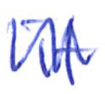
Text: it
Cross-out: zig-zag
Writing tool: ballpoint